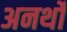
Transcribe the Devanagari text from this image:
अनर्थों